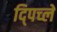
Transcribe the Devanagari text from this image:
द्पिच्ले